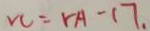
v c = r A - 1 7 .